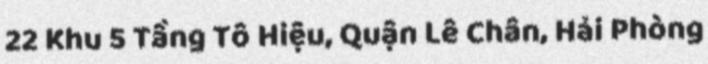
22 Khu 5 Tầng Tô Hiệu, Quận Lê Chân, Hải Phòng